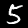
Digit: 5